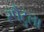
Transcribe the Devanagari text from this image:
स्पैटुला